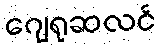
ဂျေရုဆလင်